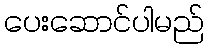
ပေးဆောင်ပါမည်